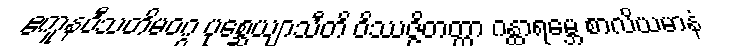
ဧကူနဝီသတိမဝဂ္ဂ ပုစ္ဆေယျာသီတိ ဝိဿဇ္ဇိတတ္တာ ဂန္ထာရမ္ဘေ စာလိယမာနံ